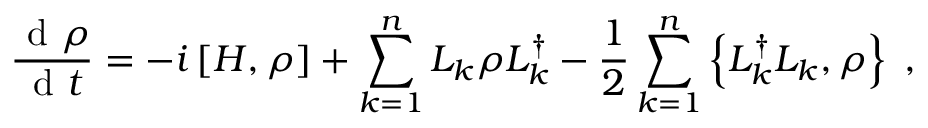
\frac { \mathrm { ~ d ~ } \rho } { \mathrm { ~ d ~ } t } = - i \left[ H , \rho \right] + \sum _ { k = 1 } ^ { n } L _ { k } \rho L _ { k } ^ { \dag } - \frac { 1 } { 2 } \sum _ { k = 1 } ^ { n } \left\{ L _ { k } ^ { \dag } L _ { k } , \rho \right\} \; ,